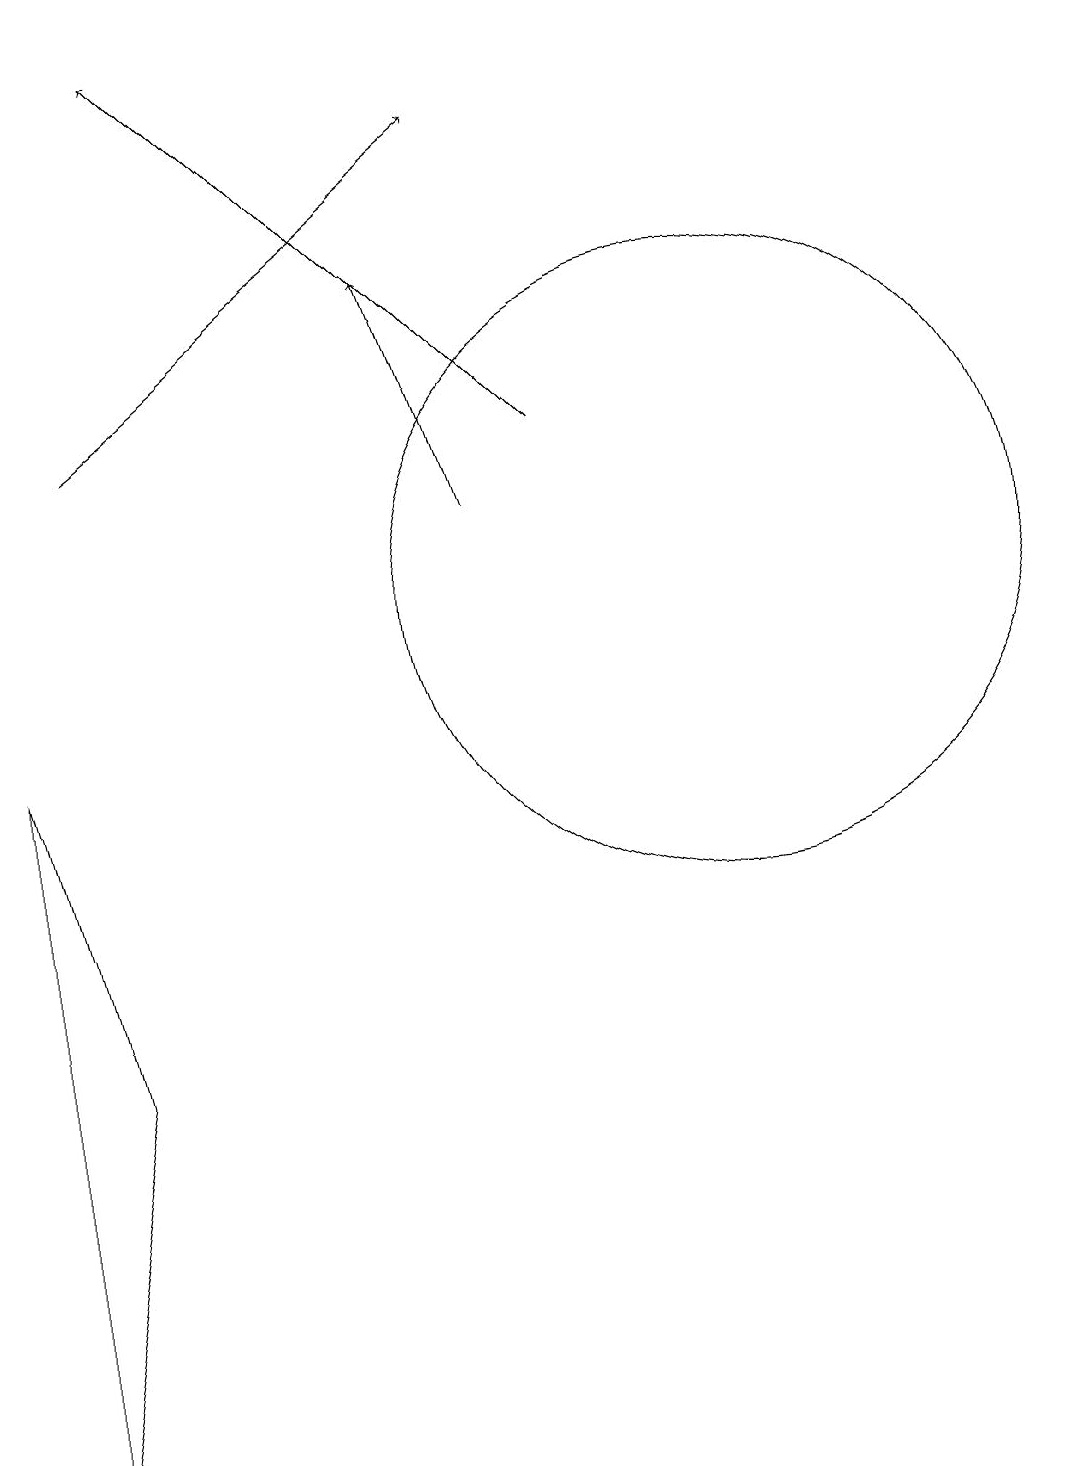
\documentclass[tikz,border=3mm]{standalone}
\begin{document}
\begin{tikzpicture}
\draw[->] (3,13) -- (8,17);
\draw[->] (8,12) -- (7,15);
\draw (11,11) circle (4);
\draw[->] (9,13) -- (4,18);
\draw (2,0) -- (3,5) -- (2,9) -- cycle;
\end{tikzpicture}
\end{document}